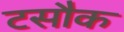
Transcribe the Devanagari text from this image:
टसौक